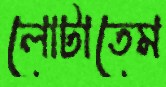
লোটাতেম